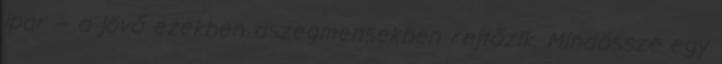
ipar – a jövő ezekben aszegmensekben rejtőzik. Mindössze egy